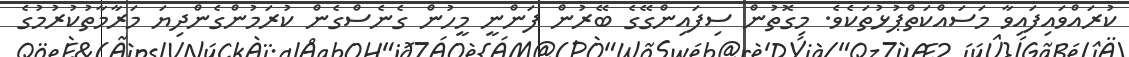
ކުރައްވައިފައިވާ މަސައްކަތްޕުޅުތަކެވެ. މިގޮތުން ސިފައިންގޭގެ ބޭރުން ފަންނީ މީހުން ގެނެސްގެން ކުރަމުންގެންދިޔަ މަރާމާތުކުރުމުގެ